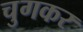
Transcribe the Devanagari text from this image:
चुगकर